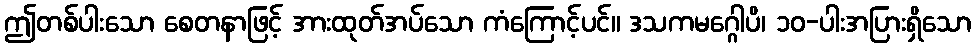
ဤတစ်ပါးသော စေတနာဖြင့် အားထုတ်အပ်သော ကံကြောင့်ပင်။ ဒသကမဂ္ဂေါပိ၊ ၁၀-ပါးအပြားရှိသော